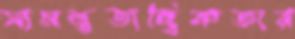
সামন্ততান্ত্রিকতার